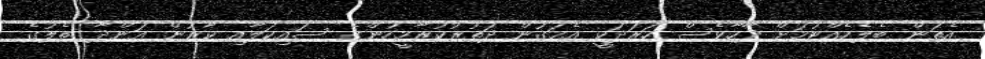
އެތަން ބެލެހެއްޓުމަށް ދާހާވެސް ހަރަދަކީ އެމަގުން ދަތުރުކުރާމީހުންގެ ސައިކަލާއި ކާރުން އަންދާ ތެލުގެ